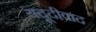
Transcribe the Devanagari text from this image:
यदूदीवाद